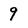
Character: 9